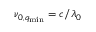
\nu _ { 0 , q _ { \mathrm { m i n } } } = c / { \lambda _ { 0 } }